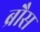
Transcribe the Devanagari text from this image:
ब्रौस